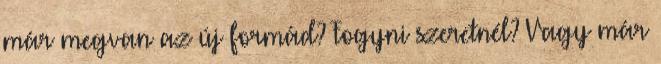
már megvan az új formád? Fogyni szeretnél? Vagy már